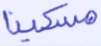
مسكينا